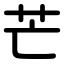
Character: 芒